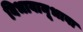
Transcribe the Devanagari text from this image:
विभावानूभावा